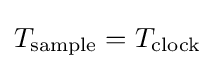
T_{\text{sample}}=T_{\text{clock}}